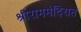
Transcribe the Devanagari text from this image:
श्रीराममंदिरात